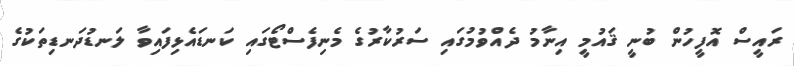
ރައީސް އޮފީހުން ބުނީ ޤައުމީ އިނާމު ދެއްވުމުގައި ސަރުކާރުގެ މެނިފެސްޓޯގައި ކަނޑައެޅިފައިވާ ލަނޑުދަނޑިތަކުގެ